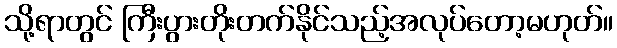
သို့ရာတွင် ကြီးပွားတိုးတက်နိုင်သည့်အလုပ်တော့မဟုတ်။